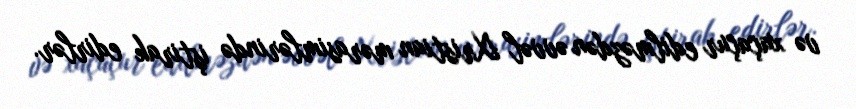
və xaçaçur edilməzdən əvvəl Xristian mərasimlərində iştirak edirlər.